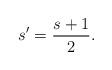
LaTeX: \begin{align*} s'= \frac{s+1}{2}.\end{align*}